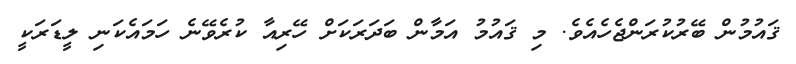
ޤައުމުން ބޭރުކުރަންޖެހެއެވެ. މި ޤައުމު އަމާން ބަދަރަކަށް ހޭރިއާ ކުރެވޭނެ ހަމައެކަނި ލީޑަރަކީ